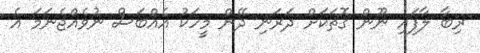
ރިބާ ލާފައި ނޫން ގޮތަކަށް ދަރަނި ދޭން މީހަކު އެއްބަސް ނުވެއްޖެނަމަ އެ